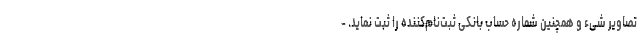
تصاویر شیء و همچنین شماره حساب بانکی ثبت‌نام‌کننده را ثبت نماید. -